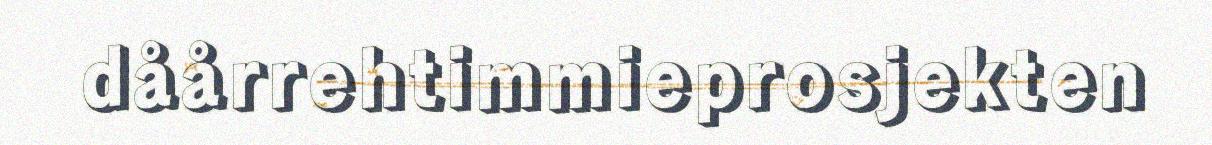
dåårrehtimmieprosjekten